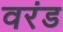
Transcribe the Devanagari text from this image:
वरंड